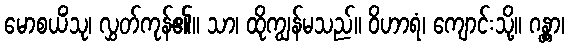
မောစယိံသု၊ လွှတ်ကုန်၏။ သာ၊ ထိုကျွန်မသည်။ ဝိဟာရံ၊ ကျောင်းသို့။ ဂန္တွာ၊